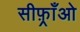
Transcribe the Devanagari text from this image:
सीफ़्राँओ